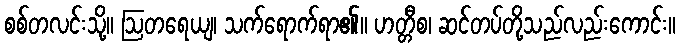
စစ်တလင်းသို့။ ဩတရေယျ၊ သက်ရောက်ရာ၏။ ဟတ္တီစ၊ ဆင်တပ်တို့သည်လည်းကောင်း။